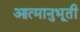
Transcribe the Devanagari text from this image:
आत्मानुभूती